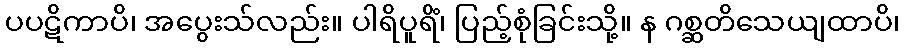
ပပဋိကာပိ၊ အပွေးသ်လည်း။ ပါရိပူရိံ၊ ပြည့်စုံခြင်းသို့။ န ဂစ္ဆတိသေယျထာပိ၊